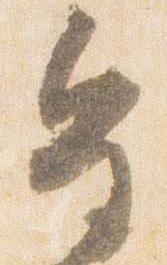
皇